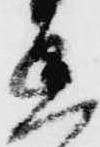
丞